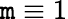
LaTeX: \mathtt{m}\equiv1